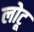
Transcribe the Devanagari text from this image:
लोटू